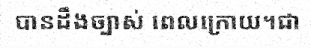
បានដឹងច្បាស់ ពេលក្រោយ។ជា